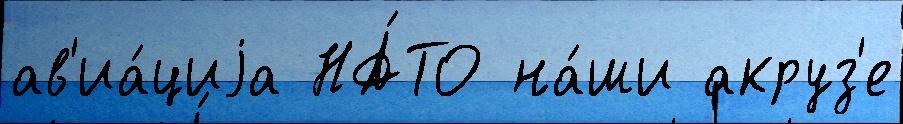
ав'иа́циjа НА́ТО на́ши акруз'е